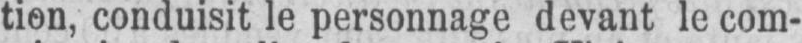
tion, conduisit le personnage devant le com-